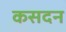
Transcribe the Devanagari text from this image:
कसदन